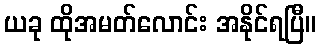
ယခု ထိုအမတ်လောင်း အနိုင်ရပြီ။